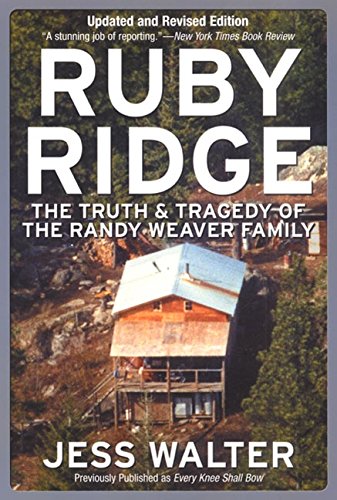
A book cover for Ruby Ridge: The Truth and Tragedy of the Randy Weaver Family; Jess Walter; Biographies & Memoirs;